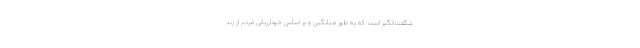
شگفت‌انگیز است که به طور میانگین و بر اساس خودارزیابی مردم از زند